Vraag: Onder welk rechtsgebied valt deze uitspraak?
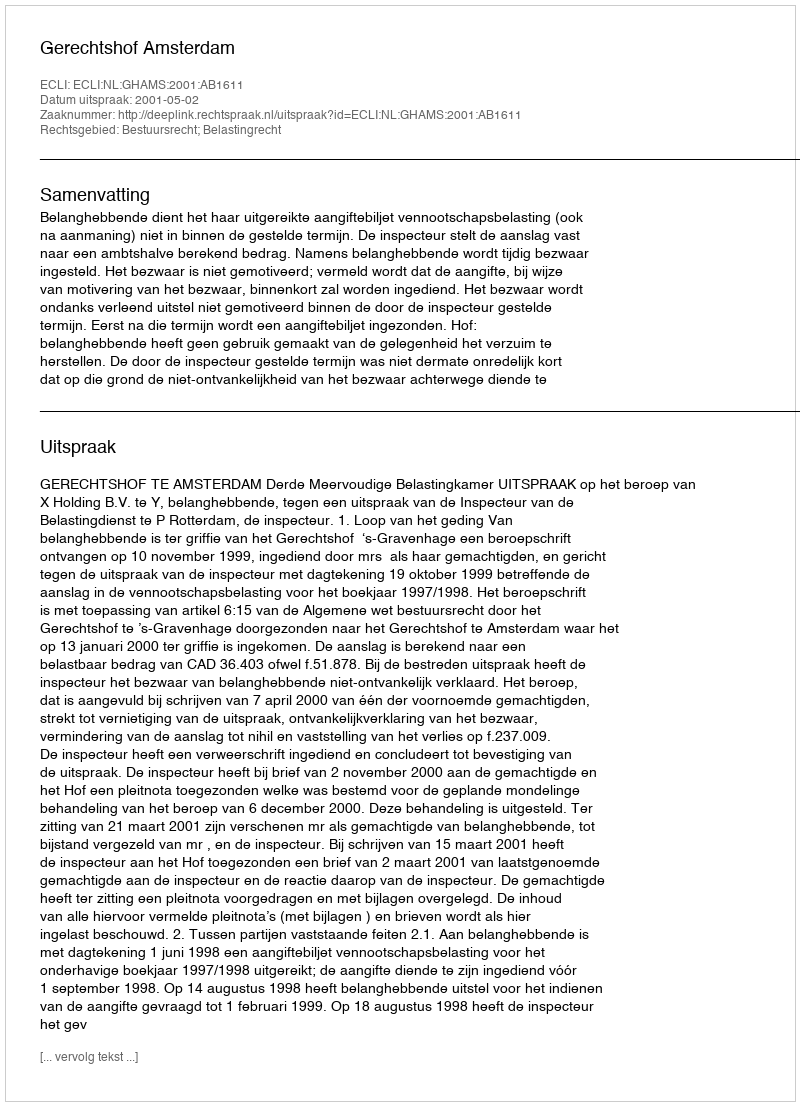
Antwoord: Bestuursrecht; Belastingrecht